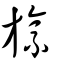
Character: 旒